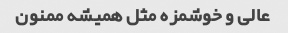
عالی و خوشمزه مثل همیشه ممنون